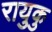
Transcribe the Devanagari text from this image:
रायुकु